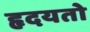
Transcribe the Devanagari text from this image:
हृदयतो